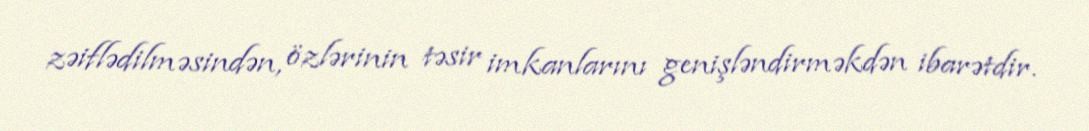
zəiflədilməsindən, özlərinin təsir imkanlarını genişləndirməkdən ibarətdir.